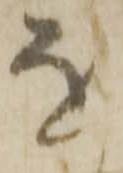
を